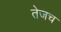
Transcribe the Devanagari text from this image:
तेजच